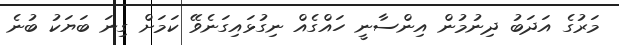
މަރުގެ އަދަބު ދިނުމުން އިންސާނީ ހައްގެއް ނިގުޅައިގަނެވޭ ކަމަށް ގިނަ ބަޔަކު ބުނެ